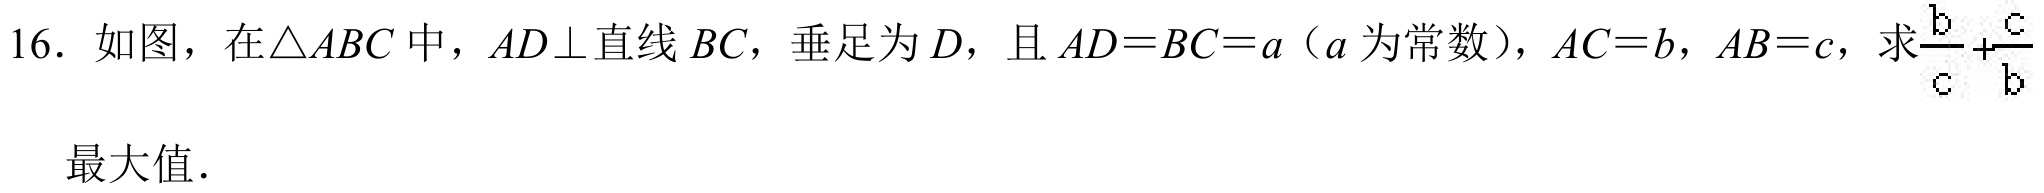
16. 如图，在\(\triangle ABC\)中，\(AD\perp\)直线\(BC\)，垂足为\(D\)，且\(AD = BC = a\)（\(a\)为常数），\(AC = b\)，\(AB = c\)，求\(\frac{b}{c}+\frac{c}{b}\)的最大值.